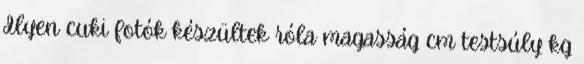
Ilyen cuki fotók készültek róla magasság cm testsúly kg